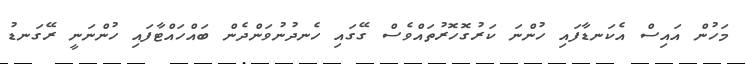
މަހުން އައިސް އެކަނޑާފައި ހުންނަ ކަރުގޮހޮރުތައްވެސް ގޭގައި ހެނދުނުވަންދެން ބައްހައްޓާފައި ހުންނަނީ ރޭގަނޑު